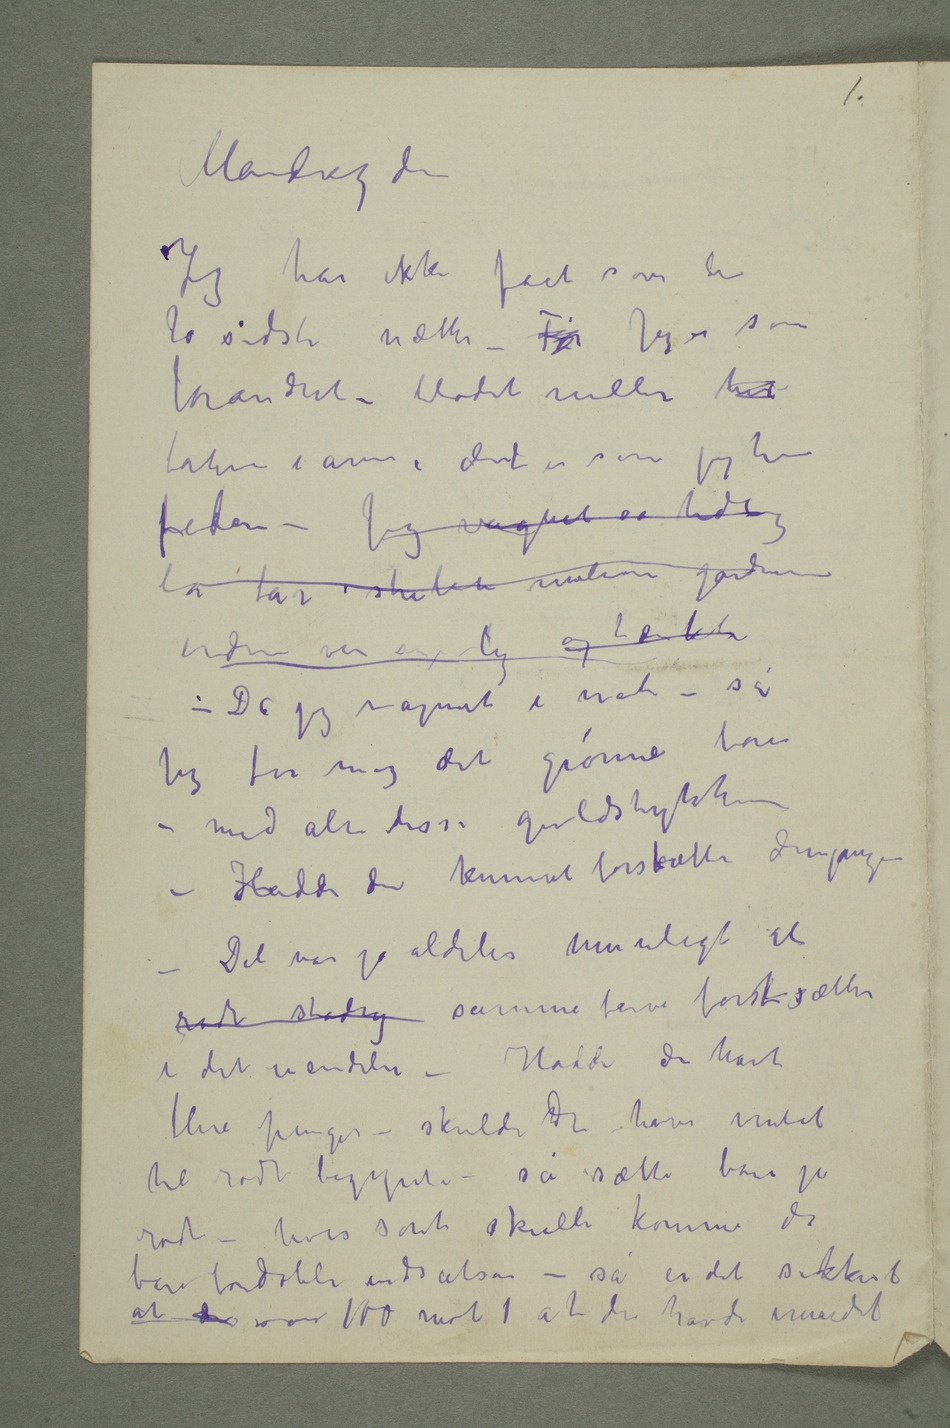
Mandag den
Jeg har ikke fået sove de
to sidste nætter – Før Jeg er som
forandret – blodet ruller hed
baker i årene, det er som jeg har
feber – Jeg vågnet så tidlig
lå der i striben mellem gardinerne
endnu  synlig – og tænkte
– Da jeg vågnet i nat – så
– med alle disse guldstykker
– Hadde du kunnet fortsætte dengang –
– Det var jo aldeles umuligt at
rødt stadig samme farve fortsætter
i det uendelie – Hadde du havt
flere penger – skulde du have ventet
til rødt begynte – så sætte bare på
rødt – hvis sort skulde komme da
bare fordoble indsatsen – så er det sikkert
at du over 100 mot 1 at du havde vunnet